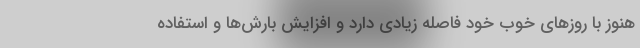
هنوز با روزهای خوب خود فاصله زیادی دارد و افزایش بارش‌ها و استفاده